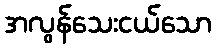
အလွန်သေးငယ်သော